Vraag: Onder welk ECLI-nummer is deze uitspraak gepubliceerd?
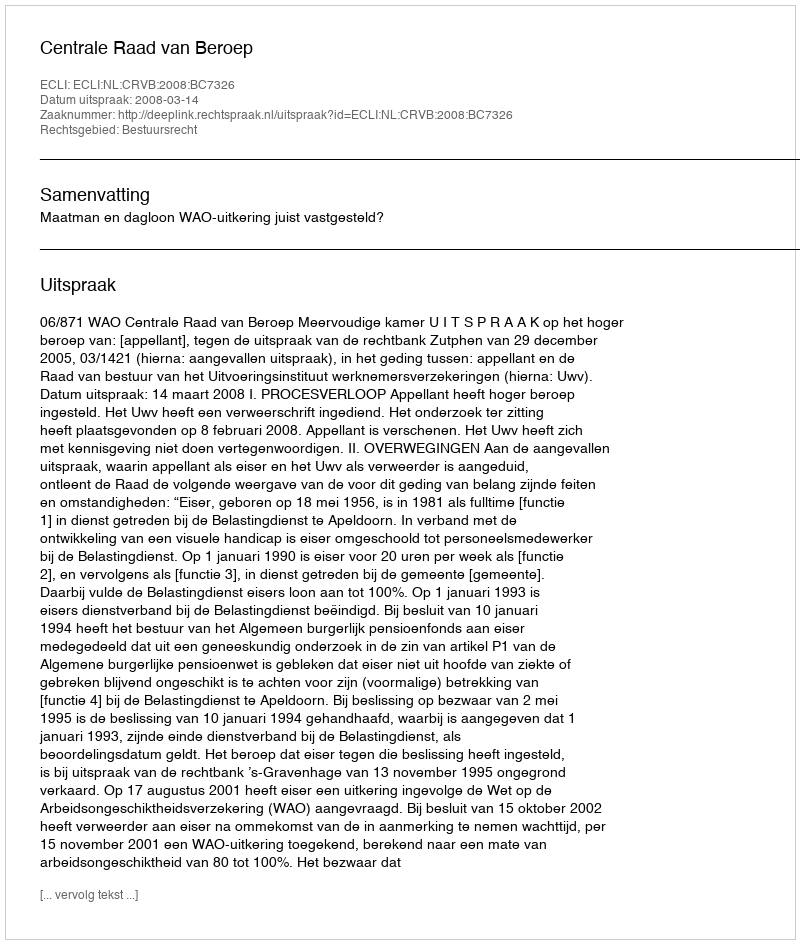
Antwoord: ECLI:NL:CRVB:2008:BC7326